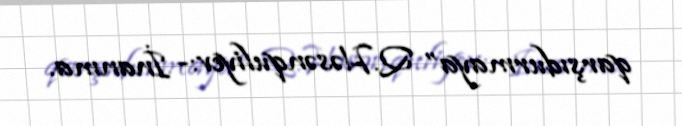
qarşıdurmaya” Q.Həsənquliyev:- İnanma.